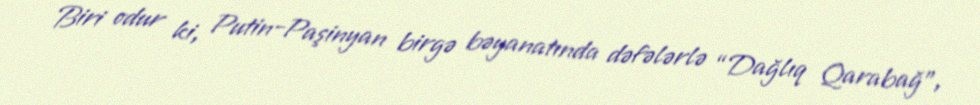
Biri odur ki, Putin-Paşinyan birgə bəyanatında dəfələrlə “Dağlıq Qarabağ”,